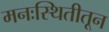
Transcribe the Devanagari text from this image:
मनःस्थितीतून